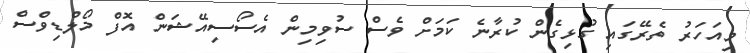
މިއަހަރު ތެރޭގައި ގުޅިގެން ކުރާނެ ކަމަށް ވެސް ސުވިމިން އެސޯސިއޭޝަން އޮފް މޯލްޑިވްސް